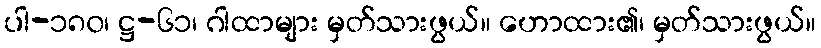
ပါ-၁၈၀၊ ဋ္ဌ-၆၁၊ ဂါထာများ မှတ်သားဖွယ်။ ဟောထား၏၊ မှတ်သားဖွယ်။